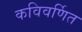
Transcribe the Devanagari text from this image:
कविवर्णित